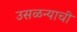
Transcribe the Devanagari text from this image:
उसळन्याची